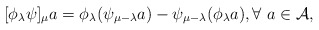
\begin{align*}[\phi_{\lambda}\psi]_{\mu}a= \phi_{\lambda}(\psi_{\mu- \lambda}a)- \psi_{\mu- \lambda}(\phi_{\lambda}a), \forall \ a \in \mathcal{A},\end{align*}